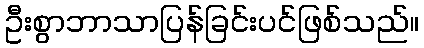
ဦးစွာဘာသာပြန်ခြင်းပင်ဖြစ်သည်။